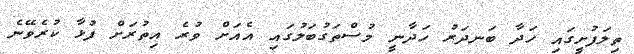
ތިލަފުށީގައި ހަދާ ބަނދަރު ހަދާނީ މުސްތަގުބަލުގައި އެއަށް ވުރެ އިތުރަށް ފުޅާ ކުރެވޭނެ